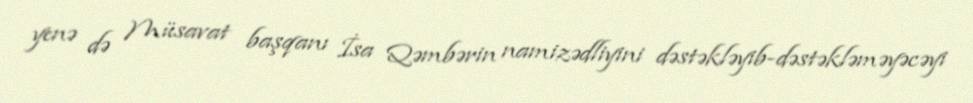
yenə də Müsavat başqanı İsa Qəmbərin namizədliyini dəstəkləyib-dəstəkləməyəcəyi